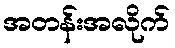
အတန်းအလိုက်